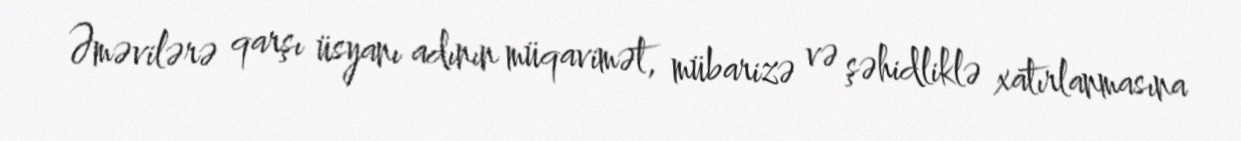
Əməvilərə qarşı üsyanı adının müqavimət, mübarizə və şəhidliklə xatırlanmasına